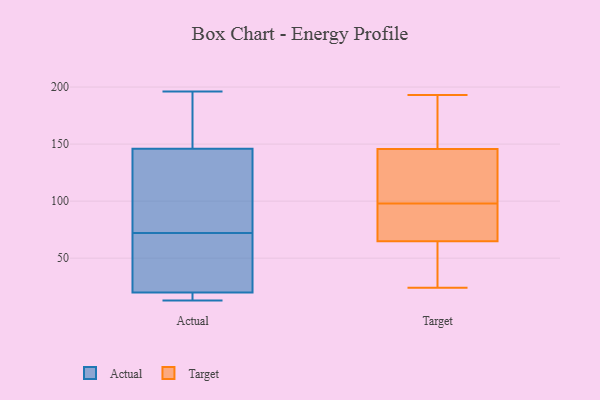
{"axis": {"x": "Active Users", "y": "Value"}, "legend": ["Actual", "Target"], "data": [{"x": "", "y": 87, "type": "Actual"}, {"x": "", "y": 147, "type": "Actual"}, {"x": "", "y": 20, "type": "Actual"}, {"x": "", "y": 64, "type": "Actual"}, {"x": "", "y": 15, "type": "Actual"}, {"x": "", "y": 64, "type": "Actual"}, {"x": "", "y": 13, "type": "Actual"}, {"x": "", "y": 77, "type": "Actual"}, {"x": "", "y": 168, "type": "Actual"}, {"x": "", "y": 196, "type": "Actual"}, {"x": "", "y": 17, "type": "Actual"}, {"x": "", "y": 24, "type": "Actual"}, {"x": "", "y": 148, "type": "Actual"}, {"x": "", "y": 92, "type": "Actual"}, {"x": "", "y": 67, "type": "Actual"}, {"x": "", "y": 133, "type": "Actual"}, {"x": "", "y": 146, "type": "Actual"}, {"x": "", "y": 17, "type": "Actual"}, {"x": "", "y": 58, "type": "Target"}, {"x": "", "y": 120, "type": "Target"}, {"x": "", "y": 126, "type": "Target"}, {"x": "", "y": 24, "type": "Target"}, {"x": "", "y": 193, "type": "Target"}, {"x": "", "y": 84, "type": "Target"}, {"x": "", "y": 52, "type": "Target"}, {"x": "", "y": 185, "type": "Target"}, {"x": "", "y": 67, "type": "Target"}, {"x": "", "y": 144, "type": "Target"}, {"x": "", "y": 98, "type": "Target"}, {"x": "", "y": 90, "type": "Target"}, {"x": "", "y": 151, "type": "Target"}]}